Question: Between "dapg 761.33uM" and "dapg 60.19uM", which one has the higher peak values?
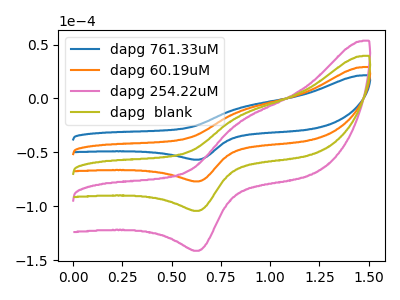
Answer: <think>The blue curve "dapg 761.33uM" has an anodic peak at (0.85V, -8.80uA) and a cathodic peak at (0.65V, -56.70uA). The orange curve "dapg 60.19uM" has an anodic peak at (0.85V, -11.95uA) and a cathodic peak at (0.65V, -76.85uA). The pink curve "dapg 254.22uM" has an anodic peak at (0.85V, -35.85uA) and a cathodic peak at (0.65V, -230.60uA). The olive curve "dapg  blank" has an anodic peak at (0.85V, -23.90uA) and a cathodic peak at (0.65V, -153.70uA).</think>
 <answer>The peaks in "dapg 761.33uM" are neither all higher or all lower than the peaks in "dapg 60.19uM".</answer>
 <eval>mixed</eval>